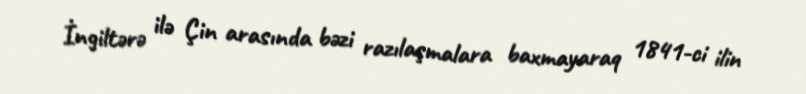
İngiltərə ilə Çin arasında bəzi razılaşmalara baxmayaraq 1841-ci ilin